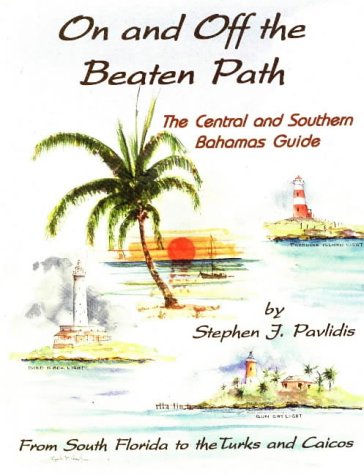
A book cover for On and Off the Beaten Path: The Central and Southern Bahamas Guide : From South Florida to the Turks and Caicos; Stephen J. Pavlidis; Travel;